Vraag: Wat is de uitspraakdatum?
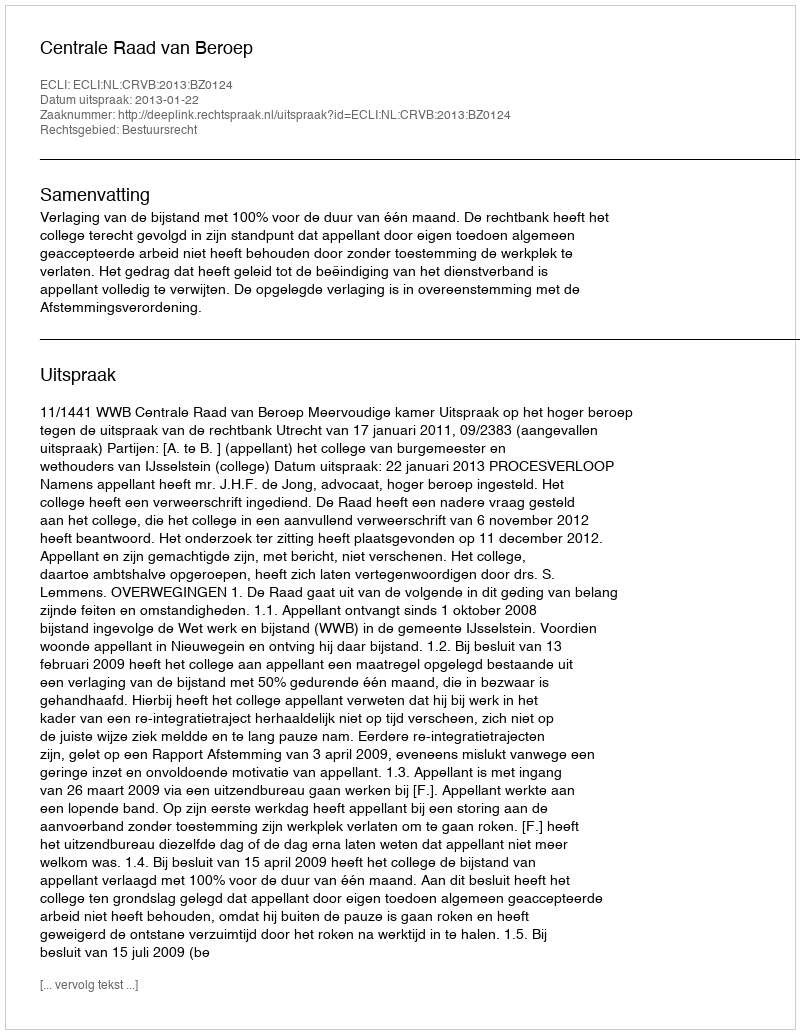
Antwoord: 2013-01-22